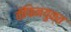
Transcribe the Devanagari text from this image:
कॅफिनयुक्त